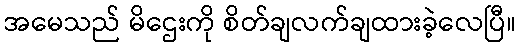
အမေသည် မိဌေးကို စိတ်ချလက်ချထားခဲ့လေပြီ။